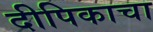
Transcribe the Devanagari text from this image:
दीपिकाचा